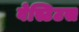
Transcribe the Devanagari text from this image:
वेस्टिटस